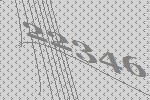
22346